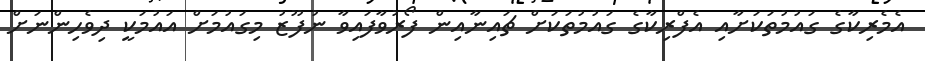
އެމެރިކާގެ ގައުމުތަކަށާއި އެފްރިކާގެ ގައުމުތަކަށް ޗައިނާއިން ފޯރުވާފައިވާ ނުފޫޒު މިގައުމަށް އައުމަކީ ދިވެހިންނަށް